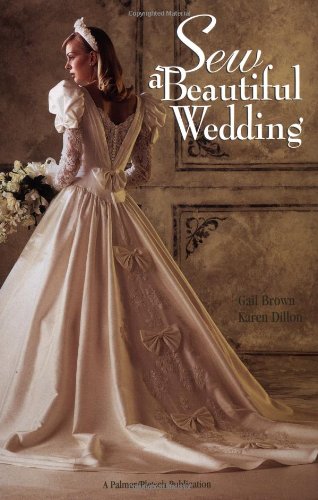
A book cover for Sew a Beautiful Wedding; Gail Brown; Crafts, Hobbies & Home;